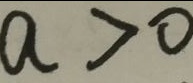
a > 0